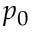
p _ { 0 }